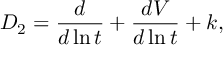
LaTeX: D _ { 2 } = \frac { d } { d \ln t } + \frac { d V } { d \ln t } + k ,